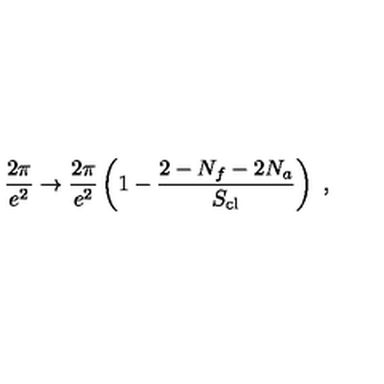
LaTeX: \frac { 2 \pi } { e ^ { 2 } } \rightarrow \frac { 2 \pi } { e ^ { 2 } } \left( 1 - \frac { 2 - N _ { f } - 2 N _ { a } } { S _ { \mathrm { c l } } } \right) \ ,